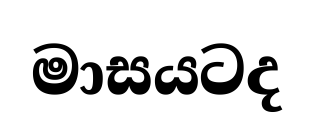
මාසයටද